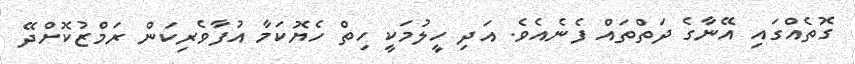
ގޮތެއްގައި އޭނާގެ ދަތްތައް ފެނެއެވެ. އަދި ހީލުމަކީ ހިތް ހެޔޮކަމާ އުފާވެރިކަން ރަމްޒުކޮށްދޭ